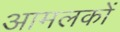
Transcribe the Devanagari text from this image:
आमलकों